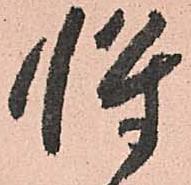
将